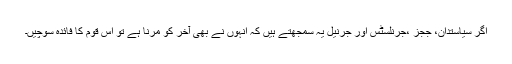
اگر سیاستدان، ججز ،جرنلسٹس اور جرنیل یہ سمجھتے ہیں کہ انہوں نے بھی آخر کو مرنا ہے تو اس قوم کا فائدہ سوچیں۔